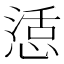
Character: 𭝴